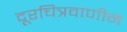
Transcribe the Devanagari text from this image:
दूरचित्रवाणीने